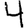
Digit: 4